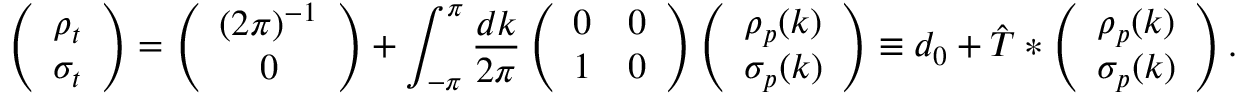
\left( \begin{array} { c } { \rho _ { t } } \\ { \sigma _ { t } } \end{array} \right) = \left( \begin{array} { c } { ( 2 \pi ) ^ { - 1 } } \\ { 0 } \end{array} \right) + \int _ { - \pi } ^ { \pi } \frac { d k } { 2 \pi } \left( \begin{array} { c c } { 0 } & { 0 } \\ { 1 } & { 0 } \end{array} \right) \left( \begin{array} { c } { \rho _ { p } ( k ) } \\ { \sigma _ { p } ( k ) } \end{array} \right) \equiv d _ { 0 } + \hat { T } * \left( \begin{array} { c } { \rho _ { p } ( k ) } \\ { \sigma _ { p } ( k ) } \end{array} \right) .